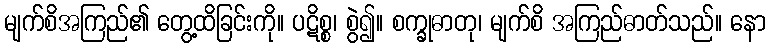
မျက်စိအကြည်၏ တွေ့ထိခြင်းကို။ ပဋိစ္စ၊ စွဲ၍။ စက္ခုဓာတု၊ မျက်စိ အကြည်ဓာတ်သည်။ နော